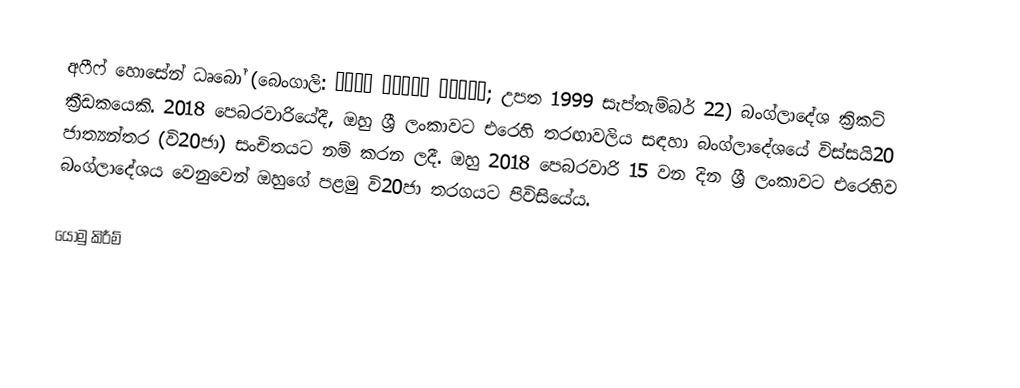
අෆීෆ් හොසේන් ධෘබෝ (බෙංගාලි: আফিফ হোসেন ধ্রুব; උපත 1999 සැප්තැම්බර් 22) බංග්ලාදේශ ක්‍රිකට් ක්‍රීඩකයෙකි. 2018 පෙබරවාරියේදී, ඔහු ශ්‍රී ලංකාවට එරෙහි තරඟාවලිය සඳහා බංග්ලාදේශයේ විස්සයි20 ජාත්‍යන්තර (වි20ජා) සංචිතයට නම් කරන ලදී. ඔහු 2018 පෙබරවාරි 15 වන දින ශ්‍රී ලංකාවට එරෙහිව බංග්ලාදේශය වෙනුවෙන් ඔහුගේ පළමු වි20ජා තරගයට පිවිසියේය.

යොමු කිරීම්